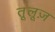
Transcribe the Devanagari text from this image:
तूलूज़